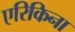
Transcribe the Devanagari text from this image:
एरिकिना